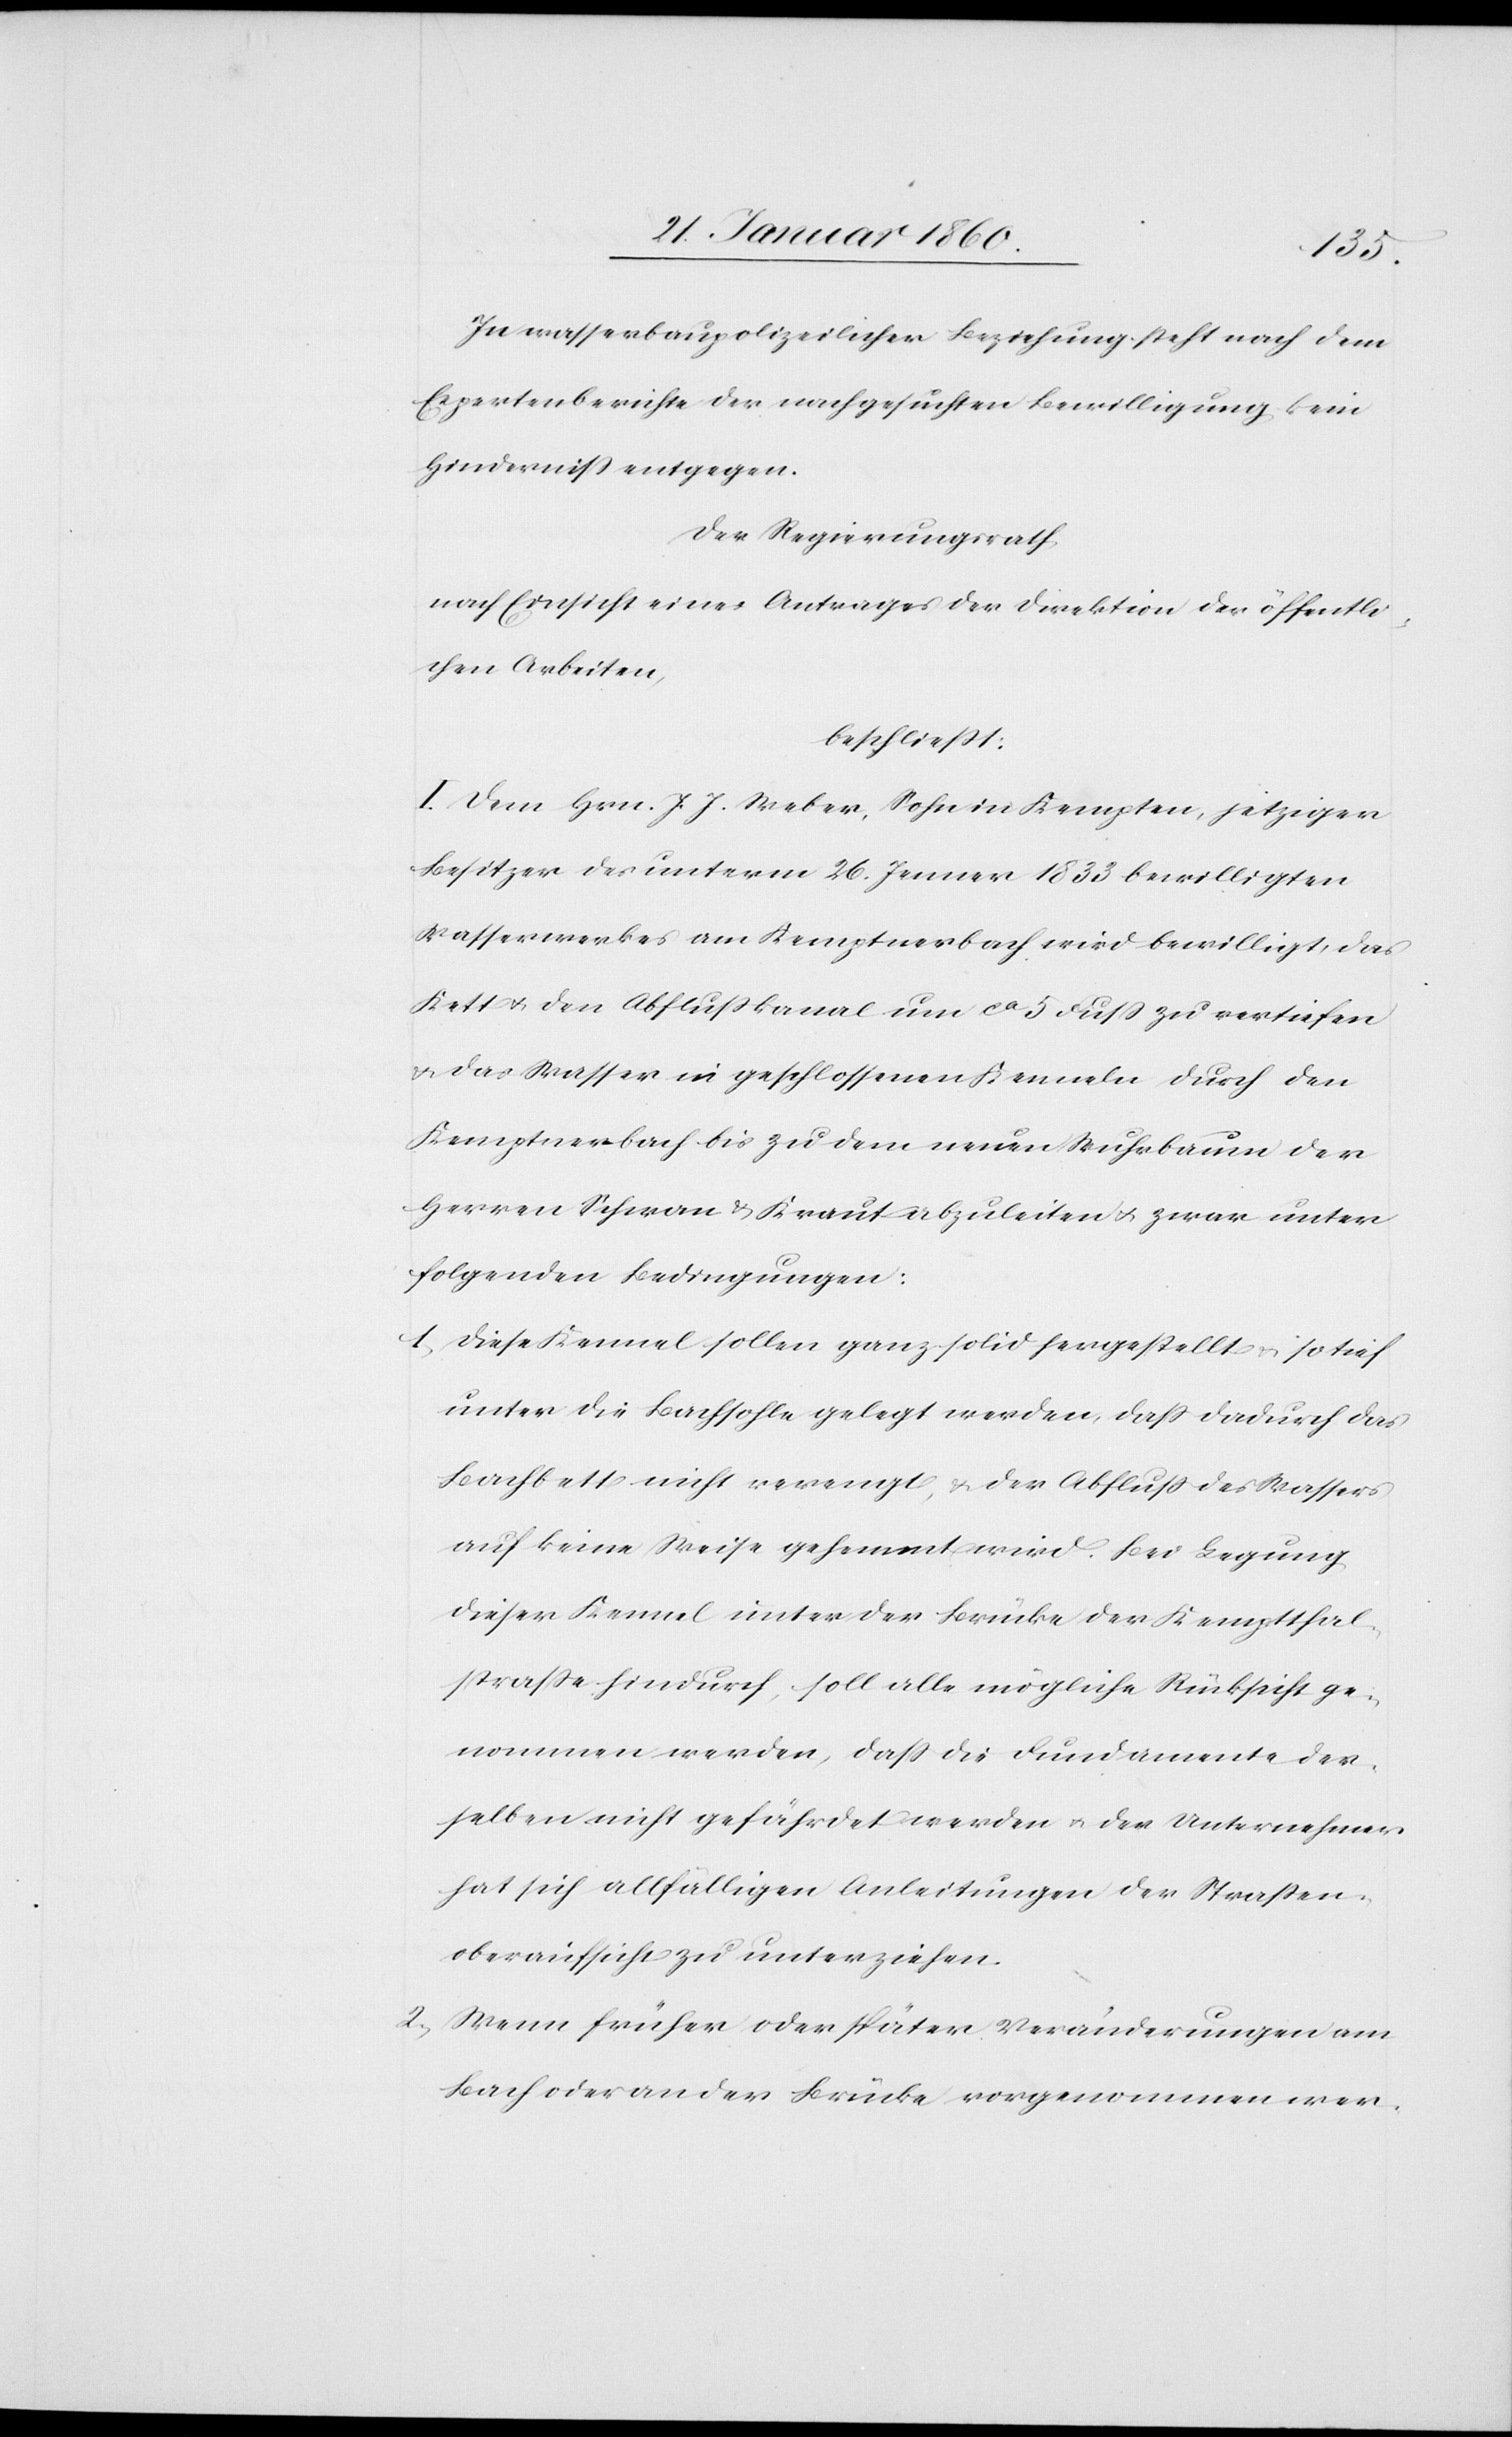
In wasserbaupoliceilicher Beziehung steht nach dem
Expertenberichte der nachgesuchten Bewilligung kein
Hinderniss entgegen.
Der Regierungsrath
nach Einsicht eines Antrages der Direktion der öffentli¬
chen Arbeiten
beschließt:
I. Dem Hrn. J. J. Weber, Sohn in Kempten, jetziger
Besitzer des unterm 26. Jenner 1833 bewilligten
Wasserwerkes am Kemptnerbach wird bewilligt, das
Kett u. den Abflusskanal um ca 5 Fuß zu vertiefen
u. das Wasser in geschlossenen Kenneln durch den
Kemptenerbach bis zu dem neuen Wuhrbaum der
Herren Schwan u. Kraut abzuleiten u. zwar unter
folgenden Bedingungen:
1. Diese Kennel sollen ganz solid hergestellt u. so tief
unter die Bachsohle gelegt werden, dass dadurch das
Bachbett nicht verengt, u. der Abfluß des Wassers
auf keine Weise gehemmt wird. Bei Legung
dieser Kennel unter der Brücke der Kemptthal¬
strasse hindurch, soll alle mögliche Rücksicht ge¬
nommen werden, dass die Fundamente der¬
selben nicht gefährdet werden u. der Unternehmer
hat sich allfälligen Anleitungen der Strassen¬
oberaufsicht zu unterziehen.
2. Wenn früher oder später Veränderungen am
Bach oder an der Brücke vorgenommen wer-